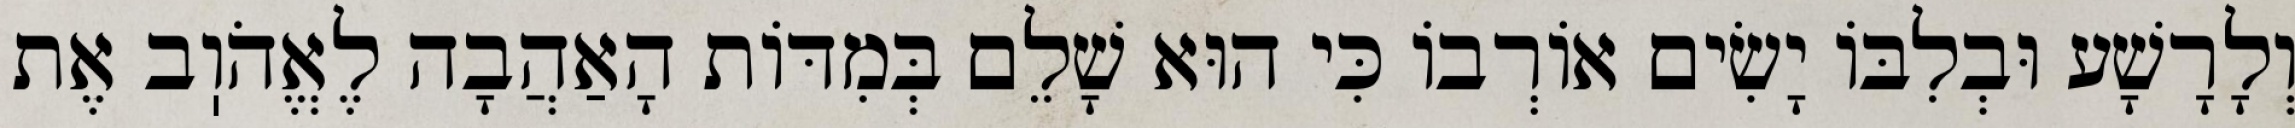
וְלָרָשָׁע וּבְלִבּוֹ יָשִׂים אוֹרְבוֹ כִּי הוּא שָׁלֵם בְּמִדּוֹת הָאַהֲבָה לֶאֱהֹוֽב אֶת